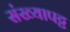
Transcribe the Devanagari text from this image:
संख्यापट्ट